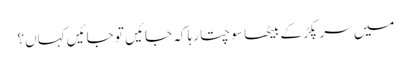
میں سر پکڑ کے بیٹھا سوچتا رہا کہ جائیں تو جائیں کہاں؟